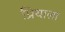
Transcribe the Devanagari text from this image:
प्रियाला